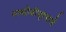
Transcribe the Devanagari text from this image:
पासोडीप्रमाणे